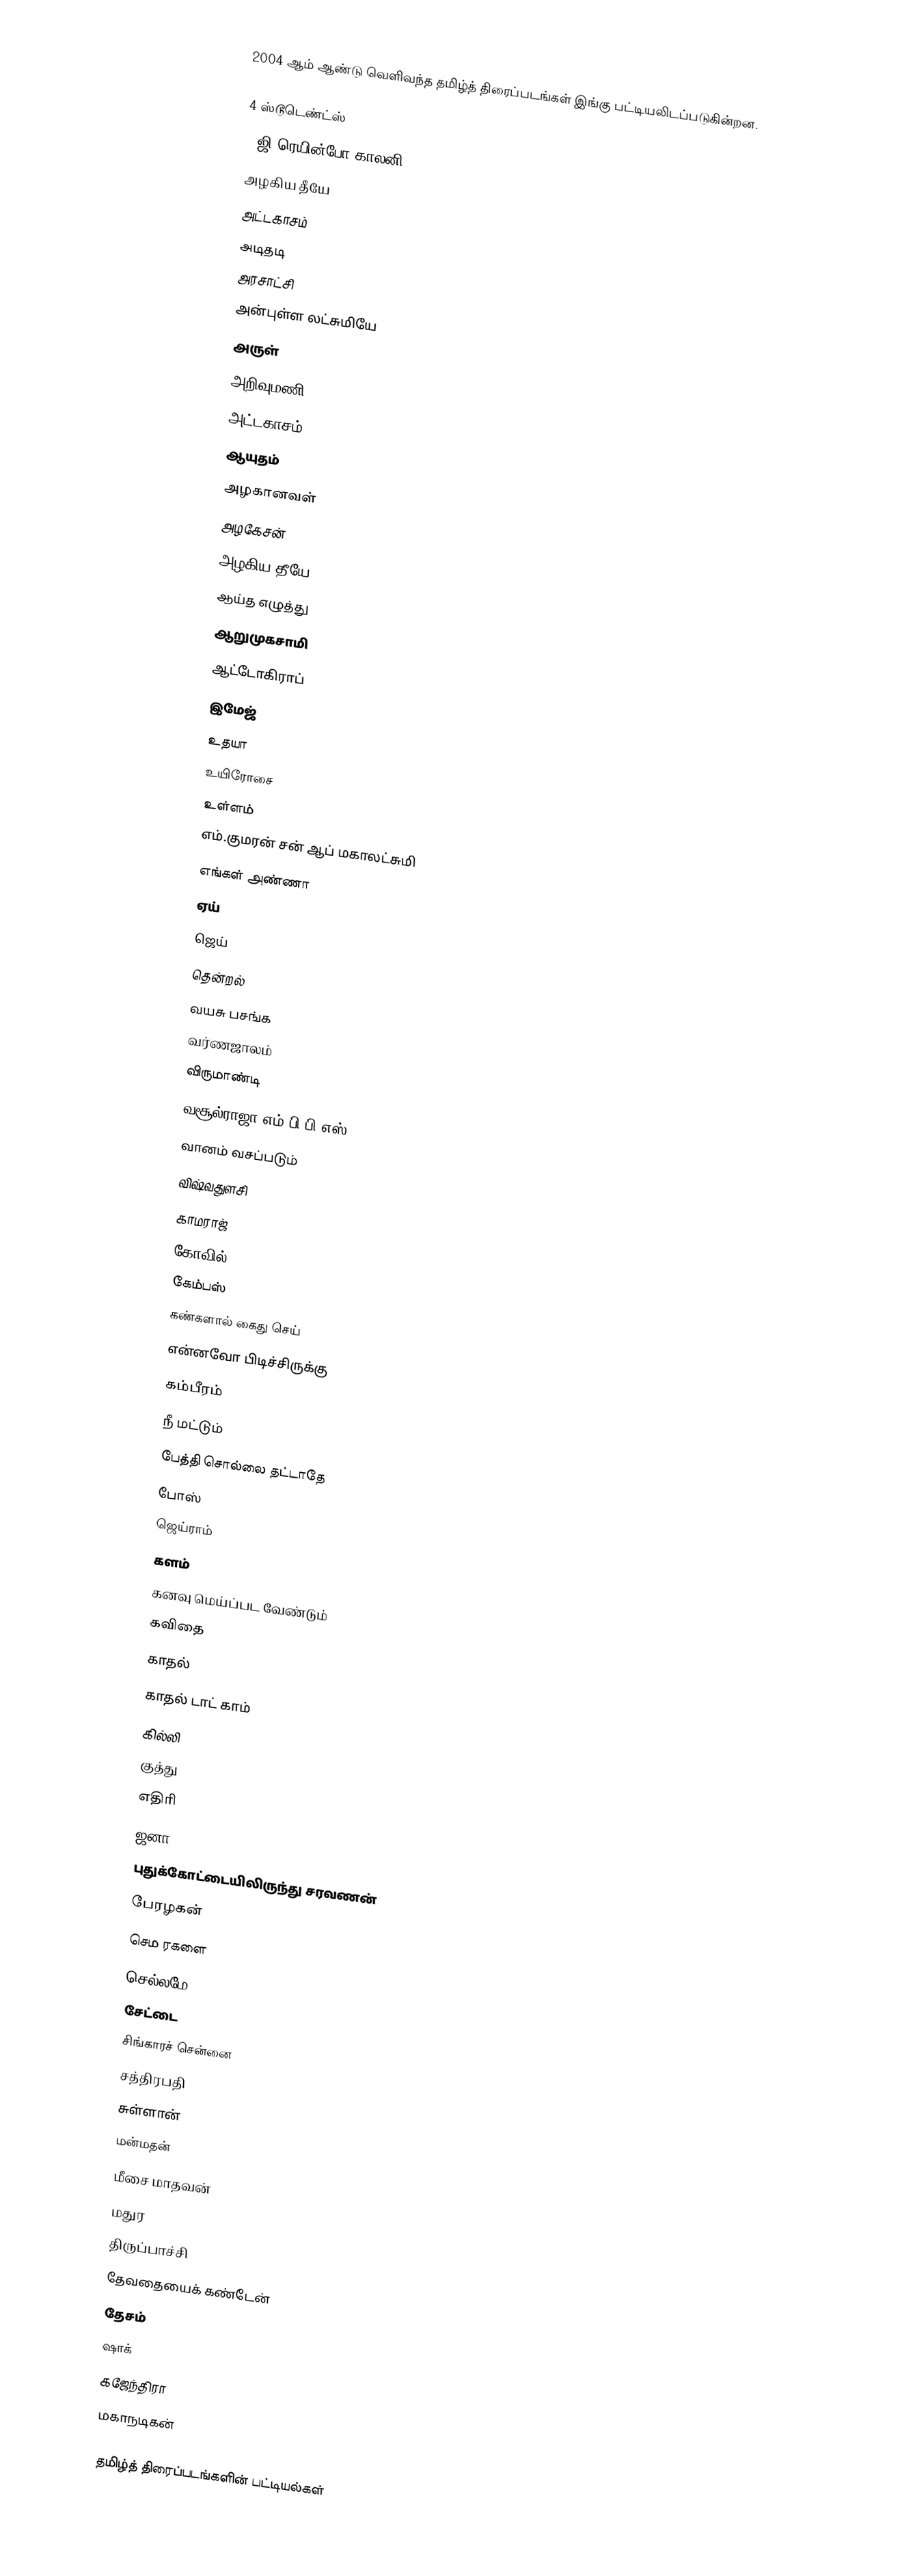
2004 ஆம் ஆண்டு வெளிவந்த தமிழ்த் திரைப்படங்கள் இங்கு பட்டியலிடப்படுகின்றன.

4 ஸ்டூடெண்ட்ஸ்
7 ஜி ரெயின்போ காலனி
அழகிய தீயே
அட்டகாசம்
அடிதடி
அரசாட்சி
அன்புள்ள லட்சுமியே
அருள்
அறிவுமணி
அட்டகாசம்
ஆயுதம்
அழகானவள்
அழகேசன்
அழகிய தீயே
ஆய்த எழுத்து
ஆறுமுகசாமி
ஆட்டோகிராப்
இமேஜ்
உதயா
உயிரோசை
உள்ளம்
எம்.குமரன் சன் ஆப் மகாலட்சுமி
எங்கள் அண்ணா
ஏய்
ஜெய்
தென்றல்
வயசு பசங்க
வர்ணஜாலம்
விருமாண்டி
வசூல்ராஜா எம்.பி.பி.எஸ்
வானம் வசப்படும்
விஷ்வதுளசி
காமராஜ்
கோவில்
கேம்பஸ்
கண்களால் கைது செய்
என்னவோ பிடிச்சிருக்கு
கம்பீரம்
நீ மட்டும்
பேத்தி சொல்லை தட்டாதே
போஸ்
ஜெய்ராம்
களம்
கனவு மெய்ப்பட வேண்டும்
கவிதை
காதல்
காதல் டாட் காம்
கில்லி
குத்து
எதிரி
ஜனா
புதுக்கோட்டையிலிருந்து சரவணன்
பேரழகன்
செம ரகளை
செல்லமே
சேட்டை
சிங்காரச் சென்னை
சத்திரபதி
சுள்ளான்
மன்மதன்
மீசை மாதவன்
மதுர
திருப்பாச்சி
தேவதையைக் கண்டேன்
தேசம்
ஷாக்
கஜேந்திரா
மகாநடிகன்

தமிழ்த் திரைப்படங்களின் பட்டியல்கள்